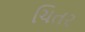
ચિતર